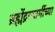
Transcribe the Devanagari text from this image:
ब्रह्मेंद्रस्वामींच्या